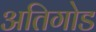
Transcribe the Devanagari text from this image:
अतिगोड